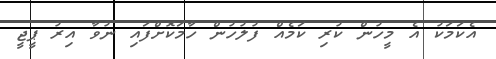
އެކަމަކު އެ މީހުން ކުރި ކަމެއް ފުލުހުން ހާމަކޮށްފައި ނުވާ އިރު ޕީޖީ